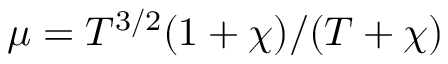
\mu = T ^ { 3 / 2 } ( 1 + \chi ) / ( T + \chi )